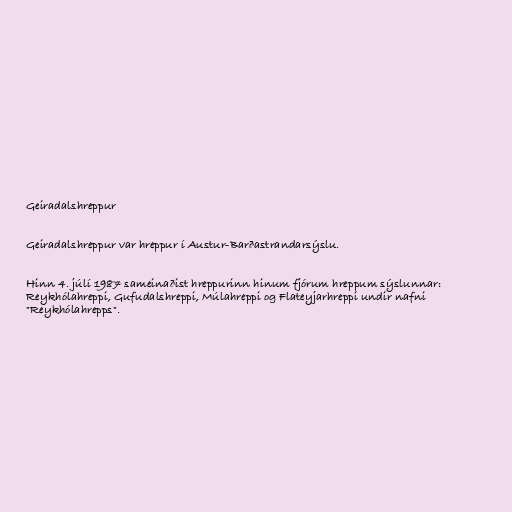
Geiradalshreppur

Geiradalshreppur var hreppur í Austur-Barðastrandarsýslu.

Hinn 4. júlí 1987 sameinaðist hreppurinn hinum fjórum hreppum sýslunnar:
Reykhólahreppi, Gufudalshreppi, Múlahreppi og Flateyjarhreppi undir nafni
"Reykhólahrepps".